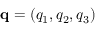
\mathbf { q } = ( q _ { 1 } , q _ { 2 } , q _ { 3 } )